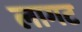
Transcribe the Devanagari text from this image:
लागट